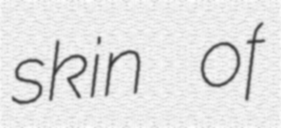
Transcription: skin of